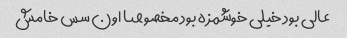
عالی بود خیلی خوشمزه بود مخصوصا اون سس خامش